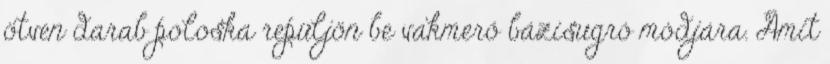
ötven darab poloska repüljön be vakmerő bázisugró módjára. Amit